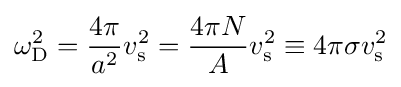
\omega _{\rm {D}}^{2}={\frac {4\pi }{a^{2}}}v_{\rm {s}}^{2}={\frac {4\pi N}{A}}v_{\rm {s}}^{2}\equiv 4\pi \sigma v_{\rm {s}}^{2}